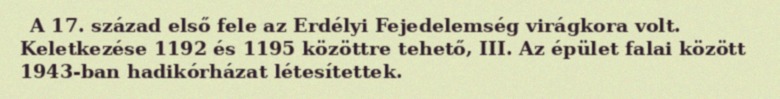
A 17. század első fele az Erdélyi Fejedelemség virágkora volt. Keletkezése 1192 és 1195 közöttre tehető, III. Az épület falai között 1943-ban hadikórházat létesítettek.